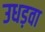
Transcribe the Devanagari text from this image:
उधड़वा